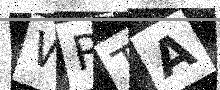
Text: WRTA